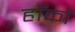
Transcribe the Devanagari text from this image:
हाँकों